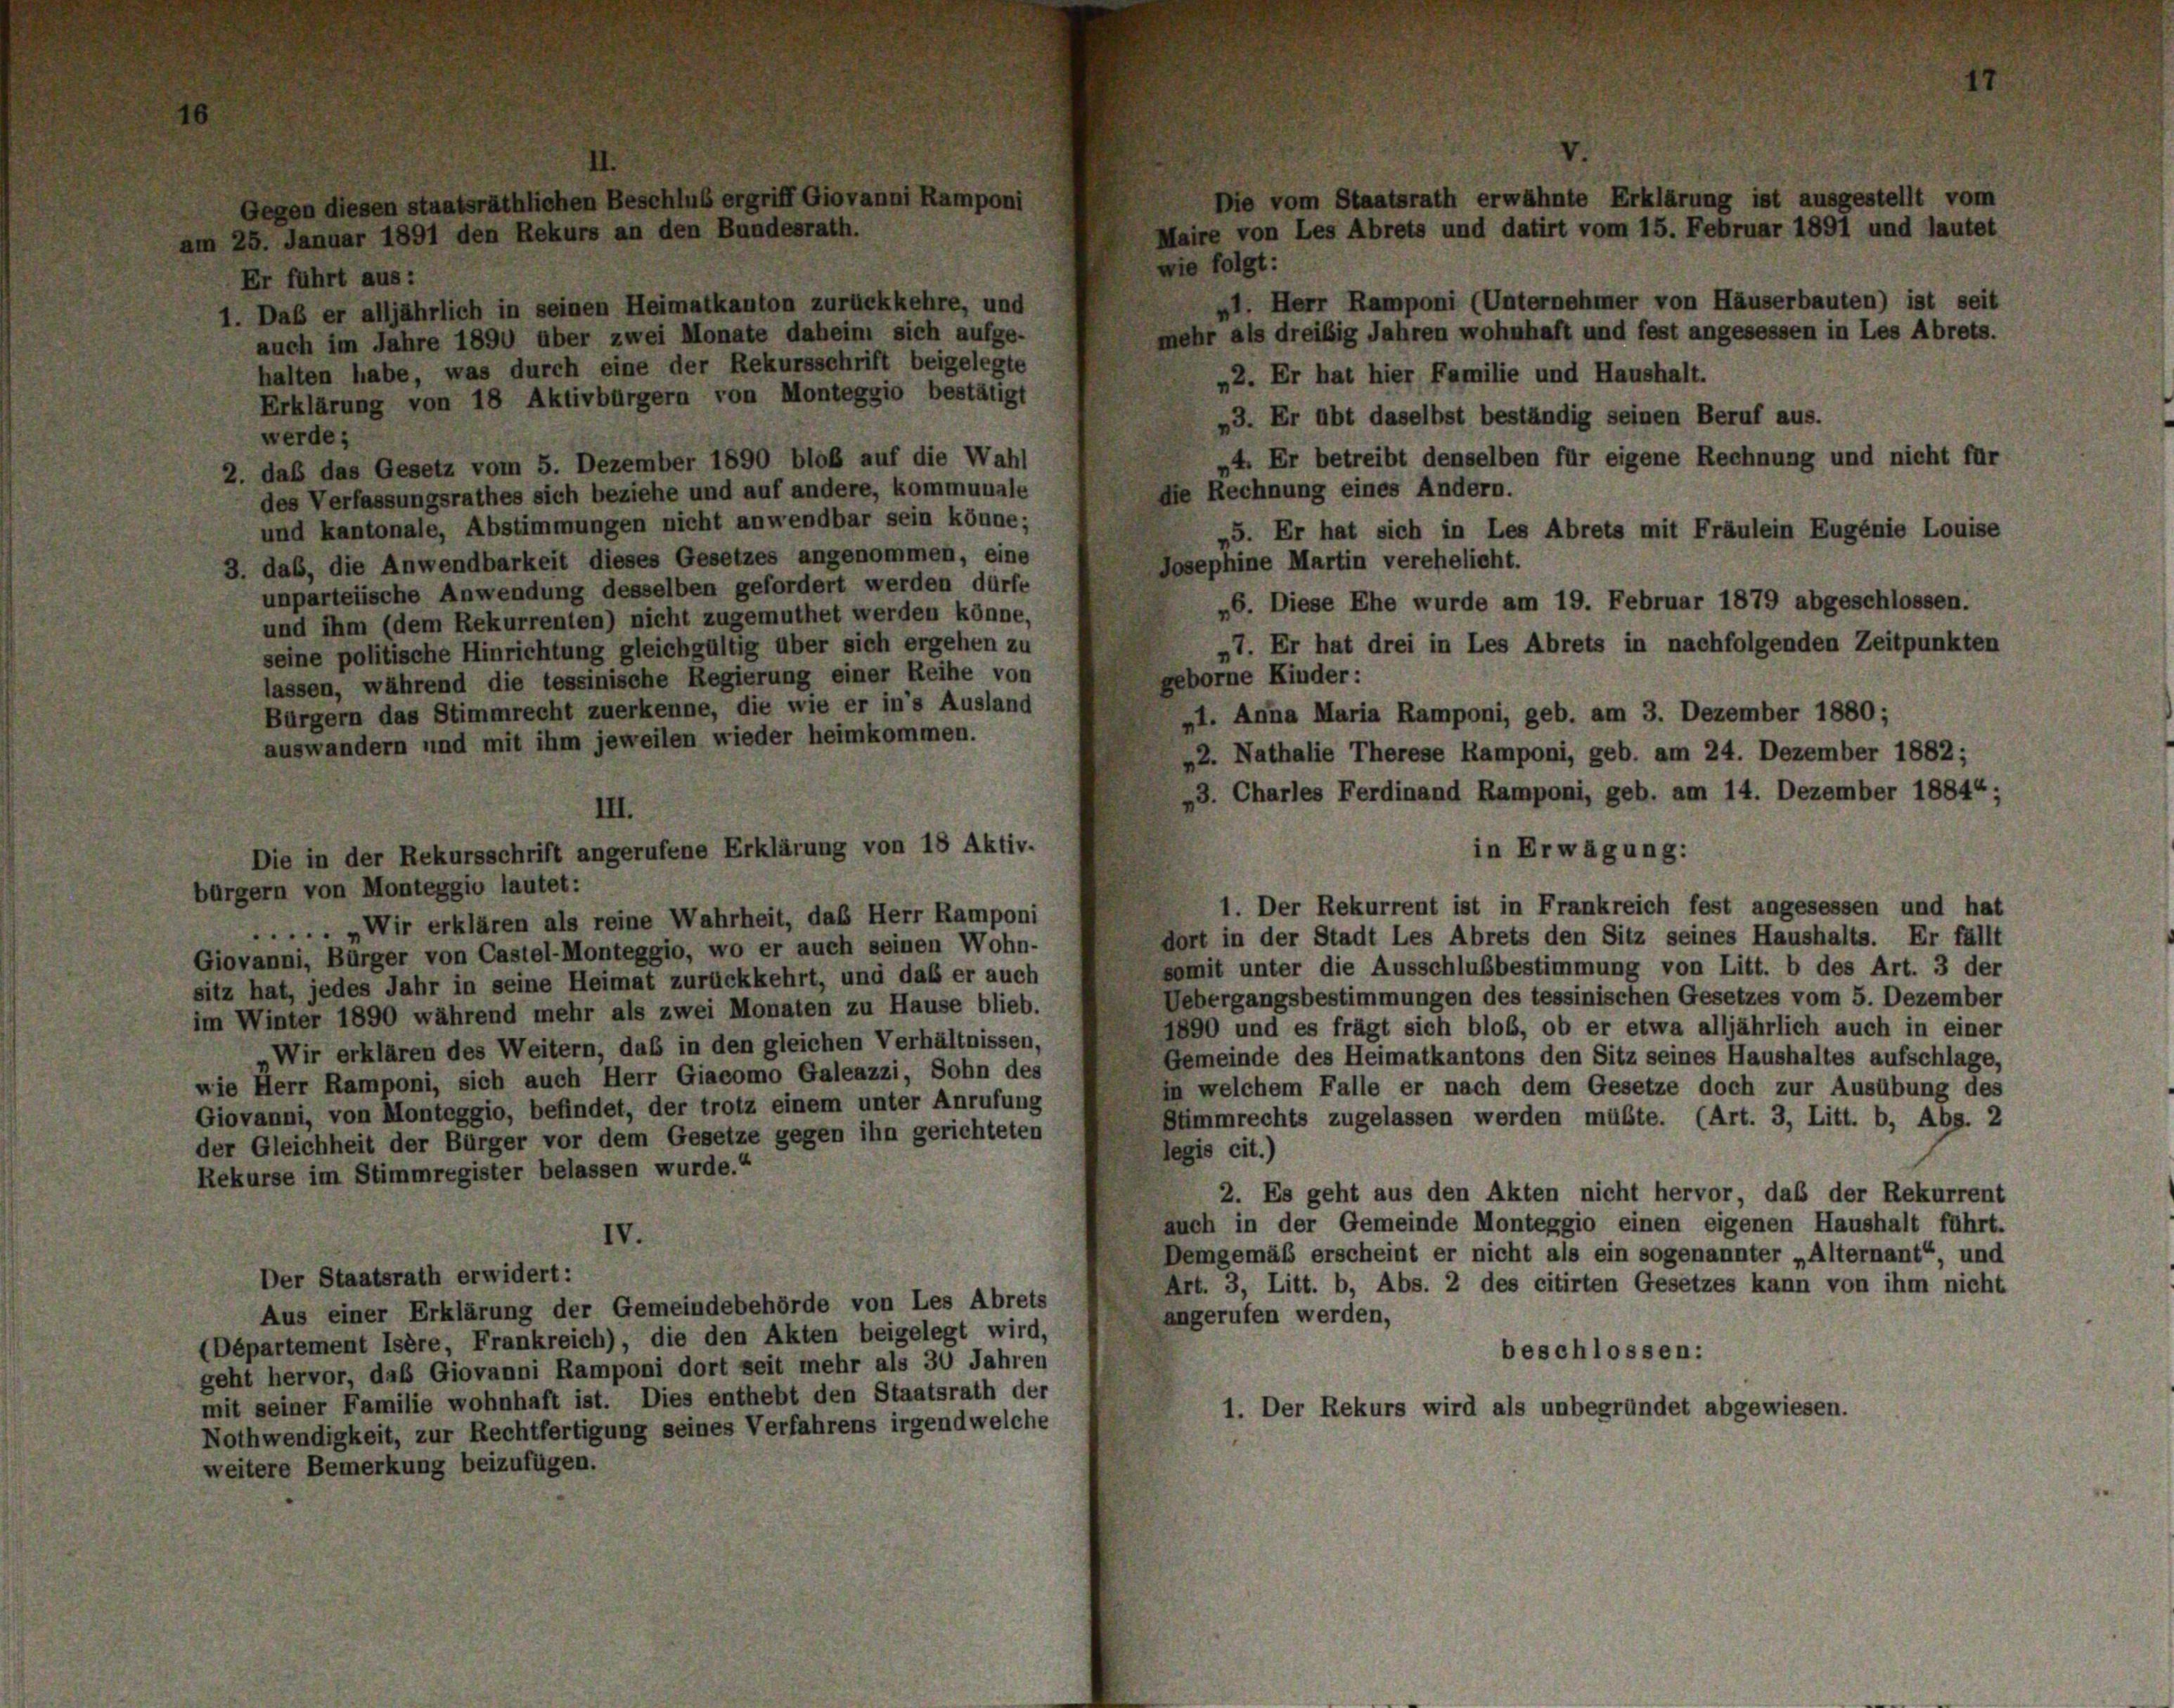
en

rlichen Beschlus ergriff Giovanni I
Rekurs an den Bundesrath.

III.
Die in der Rekursschrift angerufene Erklärung von 18 Aktiv.

Die vom Staatsrath erwähnte Erklärung ist ausgestellt vom
re von Les Abrets und datirt vom 15. Februar 1891 und lautet
wie folgt:

Er führt aus:
1. Daß er alljährlich in seinen Heimatkanton zurückkehre, und
mehr als dreißig Jahren wohnhaft und fest angesessen in Les Abrets.
auch im Jahre 1890 über zwei Monate daheimi sich aufge-
halten habe, was durch eine der Rekursschrift beigelegte
„2. Er hat hier Familie und Haushalt.
Erklärung von 18 Aktivbürgern von Monteggio bestätigt
»3. Er übt daselbst beständig seinen Beruf aus.
werde;
„4. Er betreibt denselben für eigene Rechnung und nicht für
2. das das Gesetz vom 5. Dezember 1890 bloß auf die Wahl
die Rechnung eines Andern.
des Verfassungsrathes sich beziehe und auf andere, kommunale
und kantonale, Abstimmungen nicht anwendbar sein könne;
5. Er hat sich in Les Abrets mit Fräulein Eugenie Louise
3. das, die Anwendbarkeit dieses Gesetzes angenommen, eine
Josephine Martin verehelicht.
unparteiische Anwendung desselben gefordert werden dürfe
»6. Diese Ehe wurde am 19. Februar 1879 abgeschlossen.
und ihm (dem Rekurrenten) nicht zugemuthet werden könne,
7. Er hat drei in Les Abrets in nachfolgenden Zeitpunkten
seine politische Hinrichtung gleichgültig über sich ergehen zu
geborne Kinder:
lassen, während die tessinische Regierung einer Reihe von
Bürgern das Stimmrecht zuerkenne, die wie er in’s Ausland
»I. Anna Maria Ramponi, geb. am 3. Dezember 1880;
auswandern und mit ihm jeweilen wieder heimkommen.
2. Nathalie Therese Ramponi, geb. am 24. Dezember 1882;
43. Charles Ferdinand Ramponi, geb. am 14. Dezember 1884“;
bürgern von Monteggio lautet:
1. Der Rekurrent ist in Frankreich fest angesessen und hat
.... „Wir erklären als reine Wahrheit, das Herr Ramponi
dort in der Stadt Les Abrets den Sitz seines Haushalts. Er fällt
Giovanni, Bürger von Castel-Monteggio, wo er auch seinen Wohn-
somit unter die Ausschlußbestimmung von Litt. b des Art. 3 der
sitz hat, jedes Jahr in seine Heimat zurückkehrt, und daß er auch
Uebergangsbestimmungen des tessinischen Gesetzes vom 5. Dezember
im Winter 1890 während mehr als zwei Monaten zu Hause blieb.
1890 und es frägt sich blob, ob er etwa alljährlich auch in einer
Wir erklären des Weitern, daß in den gleichen Verhältnissen,
Gemeinde des Heimatkantons den Sitz seines Haushaltes aufschlage,
wie Herr Ramponi, sich auch Herr Giacomo Galeazzi, Sohn des
in welchem Falle er nach dem Gesetze doch zur Ausübung des
Giovanni, von Monteggio, befindet, der trotz einem unter Anrufung
Stimmrechts zugelassen werden müßte. (Art. 3, Litt. b, Abs. 2
der Gleichheit der Bürger vor dem Gesetze gegen ihn gerichteten
legis cit.)
Rekurse im Stimmregister belassen wurde.“
2. Es geht aus den Akten nicht hervor, daß der Rekurrent
auch in der Gemeinde Monteggio einen eigenen Haushalt führt.
IV.
Demgemäß erscheint er nicht als ein sogenannter „Alternant“, und
Der Staatsrath erwidert:
Art. 3, Litt. b, Abs. 2 des citirten Gesetzes kann von ihm nicht
Aus einer Erklärung der Gemeindebehörde von Les Abrets
angerufen werden,
(Département Isère, Frankreich), die den Akten beigelegt wird,
beschlossen:
geht hervor, das Giovanni Ramponi dort seit mehr als 30 Jahren
mit seiner Familie wohnhaft ist. Dies enthebt den Staatsrath der
1. Der Rekurs wird als unbegründet abgewiesen.
Nothwendigkeit, zur Rechtfertigung seines Verfahrens irgendwelche
weitere Bemerkung beizufügen.

in Erwägung:

»1. Herr Ramponi (Unternehmer von Häuserbauten) ist seit